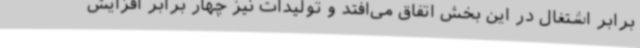
برابر اشتغال در این بخش اتفاق می‌افتد و تولیدات نیز چهار برابر افزایش